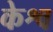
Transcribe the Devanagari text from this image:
केश्व